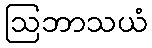
ဩဘာသယံ